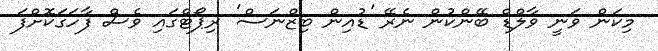
މިކަން ވަނީ ވާލްޑް ބޭންކުން ނެރޭ 'ޑުއިން ބިޒްނަސް' ރިޕޯޓްގައި ވެސް ފާހަގަކޮށްފަ